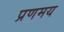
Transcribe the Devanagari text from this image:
प्रणमय